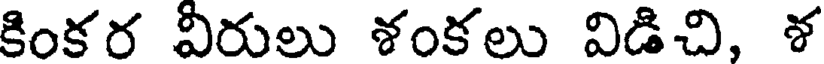
కింకర వీరులు శంకలు విడిచి. శ